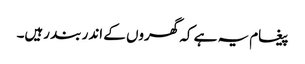
پیغام یہ ہے کہ گھروں کے اندر بند رہیں۔